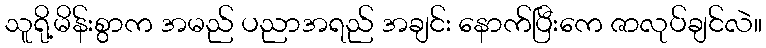
သူရို့မိန်းစွာက အမည် ပညာအရည် အချင်း နောက်ပြီးကေ ဇာလုပ်ချင်လဲ။